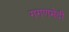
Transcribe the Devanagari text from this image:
गगणभेदी